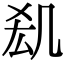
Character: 𠙆